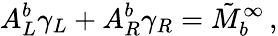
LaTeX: A_{L}^{b}\gamma_{L}+A_{R}^{b}\gamma_{R}=\tilde{M}_{b}^{\infty}\, ,